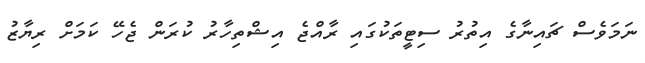
ނަމަވެސް ޗައިނާގެ އިތުރު ސިޓީތަކުގައި ރާއްޖެ އިޝްތިހާރު ކުރަން ޖެހޭ ކަމަށް ރިޔާޒު